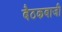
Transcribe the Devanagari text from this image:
बैठकबाजी